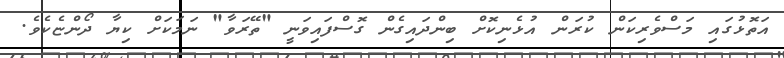
އަތޮޅުގައި މަސްވެރިކަން ކުރަން އުޅެނިކޮށް ބިންދައިގެން ގޮސްފައިވަނީ "ތޭރަވާ" ނަމަކަށް ކިޔާ ދޯންޏެކެވެ.